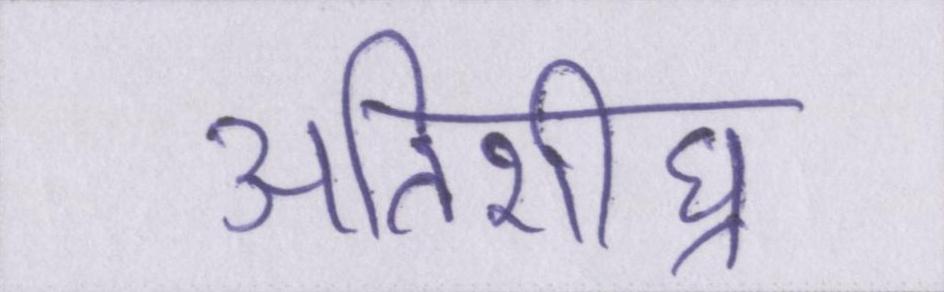
अतिशीघ्र